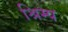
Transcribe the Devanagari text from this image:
श्रिम्‍प